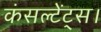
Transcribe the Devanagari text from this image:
कंसल्टेंट्स।